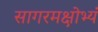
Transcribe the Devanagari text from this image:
सागरमक्षोभ्यं